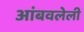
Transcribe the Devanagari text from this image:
आंबवलेली